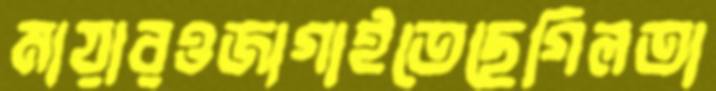
মায়ারওজাগাইতেছেগিলতা